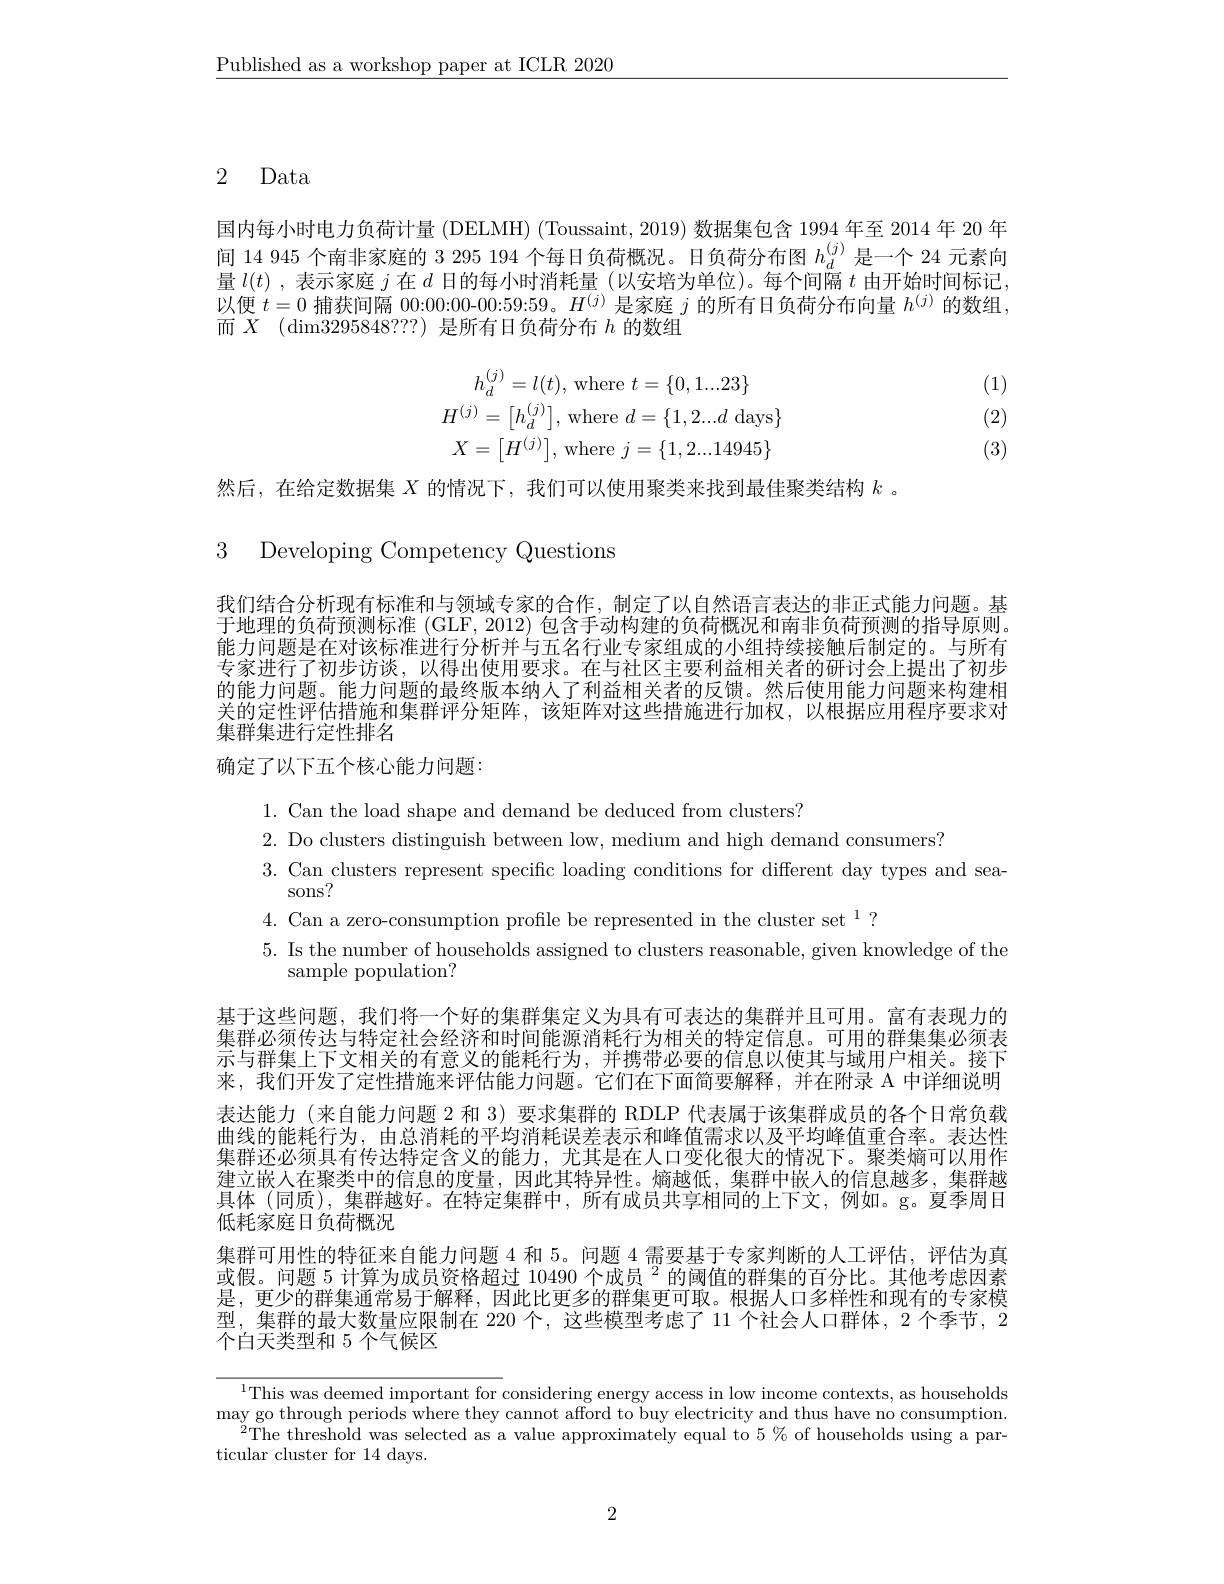
$\underline{\text{Published as a workshop paper at ICLR 2020}}$

# 2 Data

国内每小时电力负荷计量 (DELMH) (Toussaint, 2019) 数据集包含 1994 年至 2014 年 20 年间 14 945 个南非家庭的 3 295 194 个每日负荷概况。日负荷分布图$h_d^{(j)}$是一个 24 元素向量$l(t)$ ,表示家庭$j$在$d$日的每小时消耗量 (以安培为单位)。每个间隔$t$由开始时间标记以便$t=0$捕获间隔$00:00:000-00:59:59。H^{(j)}$是家庭$j$的所有日负荷分布向量$h^(j)$的数组， 而$X$ $( \dim 3295848? ? )$是所有日负荷分布$h$的数组

(1)
$$\begin{aligned}h_d^{(j)}=l(t),\:\mathrm{where}\:t&=\{0,1...23\}\\H^{(j)}=\begin{bmatrix}h_d^{(j)}\end{bmatrix},\:\mathrm{where}\:d&=\{1,2...d\:\mathrm{days}\}\\X=\begin{bmatrix}H^{(j)}\end{bmatrix},\:\mathrm{where}\:j&=\{1,2...14945\}\end{aligned}$$
(2)

(3)

然后，在给定数据集$X$的情况下，我们可以使用聚类来找到最佳聚类结构$k$ 。

3 Developing Competency Questions

我们结合分析现有标准和与领域专家的合作，制定了以自然语言表达的非正式能力问题。基于地理的负荷预测标准 (GLF, 2012) 包含手动构建的负荷概况和南非负荷预测的指导原则能力问题是在对该标准进行分析并与五名行业专家组成的小组持续接触后制定的。与所有专家进行了初步访谈，以得出使用要求。在与社区主要利益相关者的研讨会上提出了初步的能力问题。能力问题的最终版本纳人了利益相关者的反馈。然后使用能力问题来构建相关的定性评估措施和集群评分矩阵，该矩阵对这些措施进行加权，以根据应用程序要求对集群集进行定性排名
确定了以下五个核心能力问题：

1. Can the load shape and demand be deduced from clusters?
2. Do clusters distinguish between low, medium and high demand consumers?
3. Can clusters represent specific loading conditions for different day types and sea-
sons?
$4.\text{ Can a zero-consumption profile be represented in the cluster set }^{1}?$
5. Is the number of households assigned to clusters reasonable, given knowledge of the
sample population?

基于这些问题，我们将一个好的集群集定义为具有可表达的集群并且可用。富有表现力的集群必须传达与特定社会经济和时间能源消耗行为相关的特定信息。可用的群集集必须表示与群集上下文相关的有意义的能耗行为，并携带必要的信息以使其与域用户相关。接下来，我们开发了定性措施来评估能力问题。它们在下面简要解释，并在附录 A 中详细说明表达能力 (来自能力问题 2 和 3) 要求集群的 RDLP 代表属于该集群成员的各个日常负载曲线的能耗行为，由总消耗的平均消耗误差表示和峰值需求以及平均峰值重合率。表达性集群还必须具有传达特定含义的能力，尤其是在人口变化很大的情况下。聚类熵可以用作建立嵌人在聚类中的信息的度量，因此其特异性。熵越低，集群中嵌人的信息越多，集群越具体 (同质),集群越好。在特定集群中，所有成员共享相同的上下文，例如。g。夏季周日低耗家庭日负荷概况
集群可用性的特征来自能力问题 4 和 5。问题 4 需要基于专家判断的人工评估，评估为真或假。问题 5 计算为成员资格超过 10490 个成员$^{2}$的阈值的群集的百分比。其他考虑因素是，更少的群集通常易于解释，因此比更多的群集更可取。根据人口多样性和现有的专家模型，集群的最大数量应限制在 220 个，这些模型考虑了 11 个社会人口群体，2 个季节，2个白天类型和 5 个气候区

$^{1}$This was deemed important for considering energy access in low income contexts, as households may go through periods where they cannot afford to buy electricity and thus have no consumption.
$^{2}$The threshold was selected as a value approximately equal to 5% of households using a par-
ticular cluster for 14 days.

2